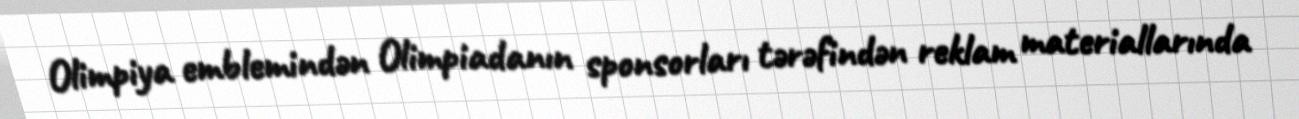
Olimpiya emblemindən Olimpiadanın sponsorları tərəfindən reklam materiallarında